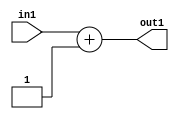
`timescale 1ps / 1ps
/*****************************************************************************
    Verilog RTL Description
    
    
    Created by: Stratus DpOpt 21.05.01 
*******************************************************************************/

module SobelFilter_Add_4U_1_4 (
	in1,
	out1
	); /* architecture "behavioural" */ 
input [3:0] in1;
output [3:0] out1;
wire [3:0] asc001;

assign asc001 = 
	+(in1)
	+(4'B0001);

assign out1 = asc001;
endmodule

/* CADENCE  urjwSwk= : u9/ySxbfrwZIxEzHVQQV8Q== ** DO NOT EDIT THIS LINE ******/